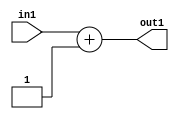
`timescale 1ps / 1ps
/*****************************************************************************
    Verilog RTL Description
    
    
    Created by: Stratus DpOpt 21.05.01 
*******************************************************************************/

module SobelFilter_Add_4U_1_4 (
	in1,
	out1
	); /* architecture "behavioural" */ 
input [3:0] in1;
output [3:0] out1;
wire [3:0] asc001;

assign asc001 = 
	+(in1)
	+(4'B0001);

assign out1 = asc001;
endmodule

/* CADENCE  urjwSwk= : u9/ySxbfrwZIxEzHVQQV8Q== ** DO NOT EDIT THIS LINE ******/